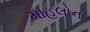
માહલોન